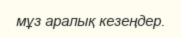
мұз аралық кезеңдер.